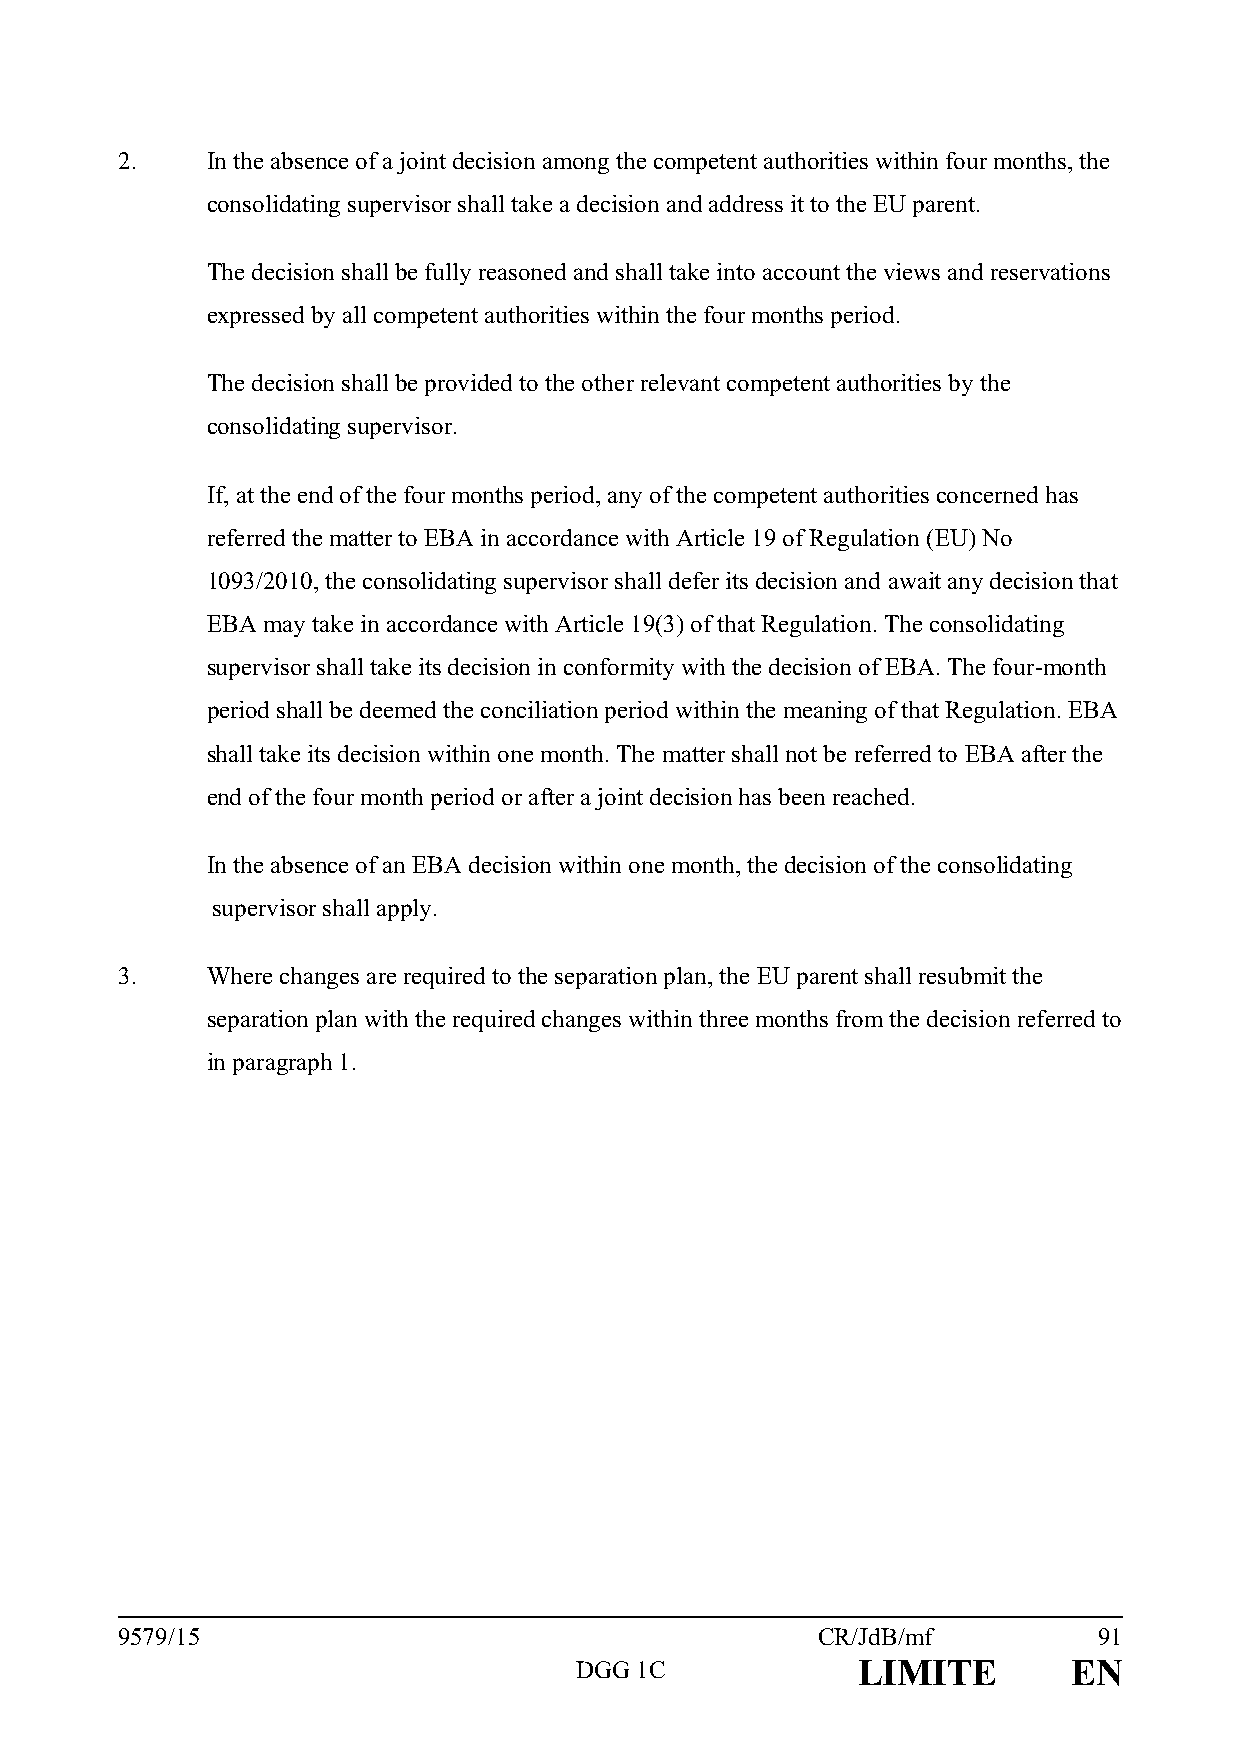
2.    In the absence of a joint decision among the competent authorities within four months, the
 consolidating supervisor shall take a decision and address it to the EU parent.
 The decision shall be fully reasoned and shall take into account the views and reservations
 expressed by all competent authorities within the four months period.
 The decision shall be provided to the other relevant competent authorities by the
 consolidating supervisor.
 If, at the end of the four months period, any of the competent authorities concerned has
 referred the matter to EBA in accordance with Article 19 of Regulation (EU) No
 1093/2010, the consolidating supervisor shall defer its decision and await any decision that
 EBA may take in accordance with Article 19(3) of that Regulation. The consolidating
 supervisor shall take its decision in conformity with the decision of EBA. The four-month
 period shall be deemed the conciliation period within the meaning of that Regulation. EBA
 shall take its decision within one month. The matter shall not be referred to EBA after the
 end of the four month period or after a joint decision has been reached.
 In the absence of an EBA decision within one month, the decision of the consolidating
 supervisor shall apply.
 3.    Where changes are required to the separation plan, the EU parent shall resubmit the
 separation plan with the required changes within three months from the decision referred to
 in paragraph 1.
 9579/15                                       CR/JdB/mf          91
 DGG 1C             LIMITE        EN